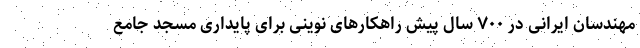
مهندسان ایرانی در ۷۰۰ سال پیش راهکارهای نوینی برای پایداری مسجد جامع